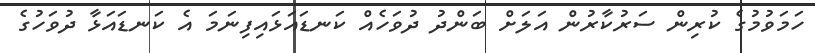
ހަމަވުމުގެ ކުރިން ސަރުކާރުން އަލަށް ބަންދު ދުވަހެއް ކަނޑައަޅައިފިނަމަ އެ ކަނޑައަޅާ ދުވަހުގެ